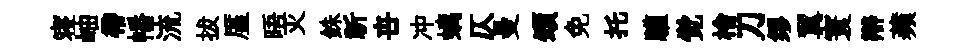
寝岫帶幡流拔厪晤灭銖祈卋冲螭仄曼頌免托驩觉檜刀缪翼寰辯蘋